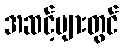
အဆင့်များတွင်